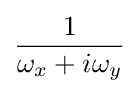
{\frac {1}{\omega _{x}+i\omega _{y}}}